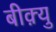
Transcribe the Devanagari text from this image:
बीक़्यु